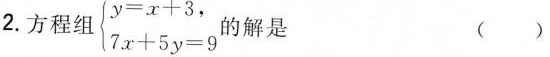
2.方程组$$\begin { cases }